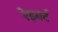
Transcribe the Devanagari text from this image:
रेइबर्ट